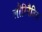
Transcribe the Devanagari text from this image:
लौरिनैतिस